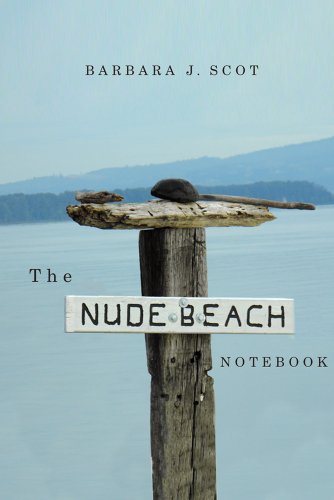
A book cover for The Nude Beach Notebook; Barbara J. Scot; Travel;